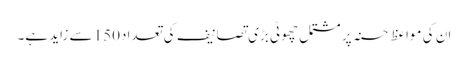
ان کی مواعظِ حسنہ پر مشتمل چھوٹی بڑی تصانیف کی تعداد150 سے زاید ہے۔